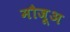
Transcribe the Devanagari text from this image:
मौजूअ